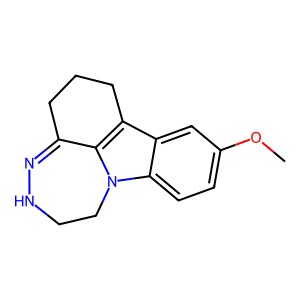
SMILES: COc1ccc2c(c1)c1c3n2CCNN=C3CCC1
Inhibits HIV replication: No